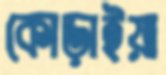
কোড়াইয়া